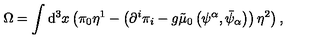
\Omega = \int \mathrm { d } ^ { 3 } x \left( \pi _ { 0 } \eta ^ { 1 } - \left( \partial ^ { i } \pi _ { i } - g \tilde { \mu } _ { 0 } \left( \psi ^ { \alpha } , \bar { \psi } _ { \alpha } \right) \right) \eta ^ { 2 } \right) ,